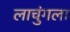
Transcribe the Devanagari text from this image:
लाचुंगला